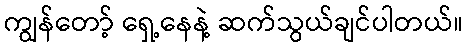
ကျွန်တော့် ရှေ့နေနဲ့ ဆက်သွယ်ချင်ပါတယ်။